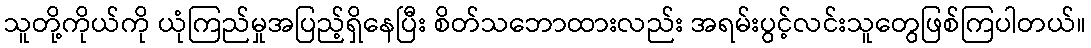
သူတို့ကိုယ်ကို ယုံကြည်မှုအပြည့်ရှိနေပြီး စိတ်သဘောထားလည်း အရမ်းပွင့်လင်းသူတွေဖြစ်ကြပါတယ်။